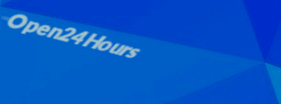
Open24Hours